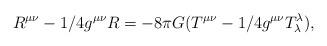
LaTeX: \begin{align*}R^{\mu \nu} - 1/4 g^{\mu \nu} R = -8 \pi G (T^{\mu \nu} - 1/4 g^{\mu \nu}T^{\lambda}_{\lambda}),\end{align*}